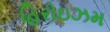
હિરોઇઝમ